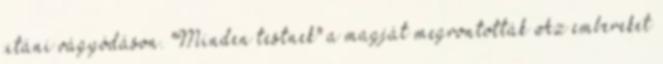
utáni vágyódáson. "Minden testnek" a magját megrontották Az embereket